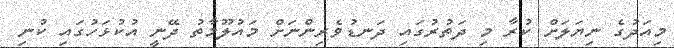
މިއަދުގެ ނިޔަލަށް ކުރާ މި ދަތުރުގައި ދަނޑުވެރިންނަށް މައުލޫމާތު ދޭނީ އުކުޅަހުގައި ކުނި